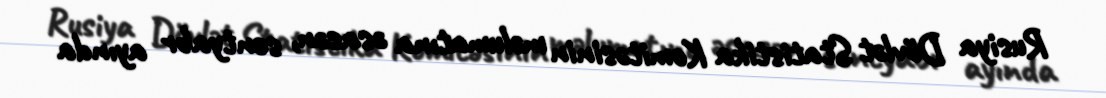
Rusiya Dövlət Statistika Komitəsinin məlumatına əsasən, sentyabr ayında